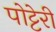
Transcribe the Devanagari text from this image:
पोट्टेरी